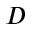
D